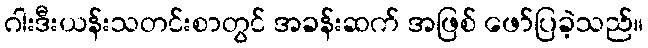
ဂါးဒီးယန်းသတင်းစာတွင် အခန်းဆက် အဖြစ် ဖော်ပြခဲ့သည်။